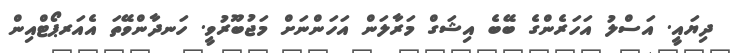
ދިޔައީ. އަސްލު އަހަރެންގެ ބޭބެ އިޝަގް މަރާލަން އަހަންނަށް މަޖުބޫރުވީ. ހަނދާންވޭތަ އެއަރޕޯޓްއިން